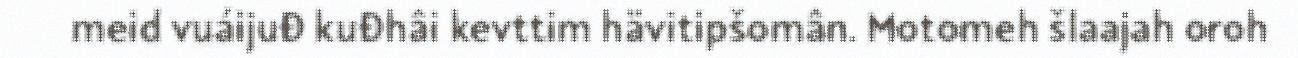
meid vuáijuđ kuđhâi kevttim hävitipšomân. Motomeh šlaajah oroh